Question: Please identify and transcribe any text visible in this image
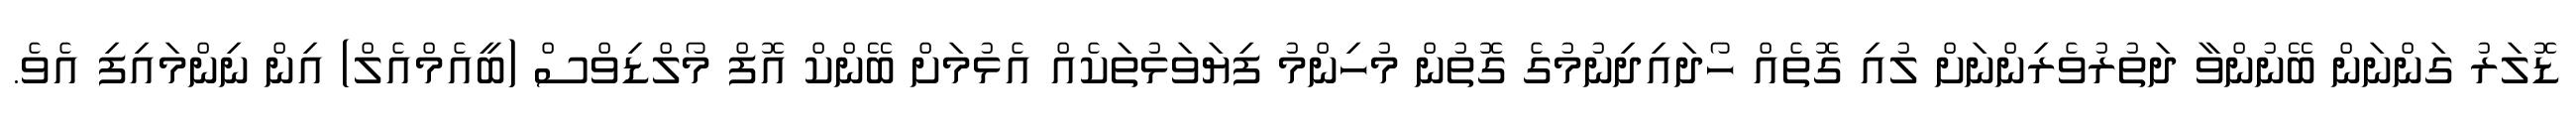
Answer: ޑޮލަރު ގަންނަން ބޭނުންވާ ދަތުރުވެރިންނަށް ލުއި ގޮތެއް ހޯދައިދިނުމުގެ ގޮތުން މުހިންމު ފިޔަވަޅުތަކެއް އެޅުމަށް ބޭންކް އޮފް މޯލްޑިވްސް (ބީއެމްއެލް) އިން ނިންމައިފި އެވެ.